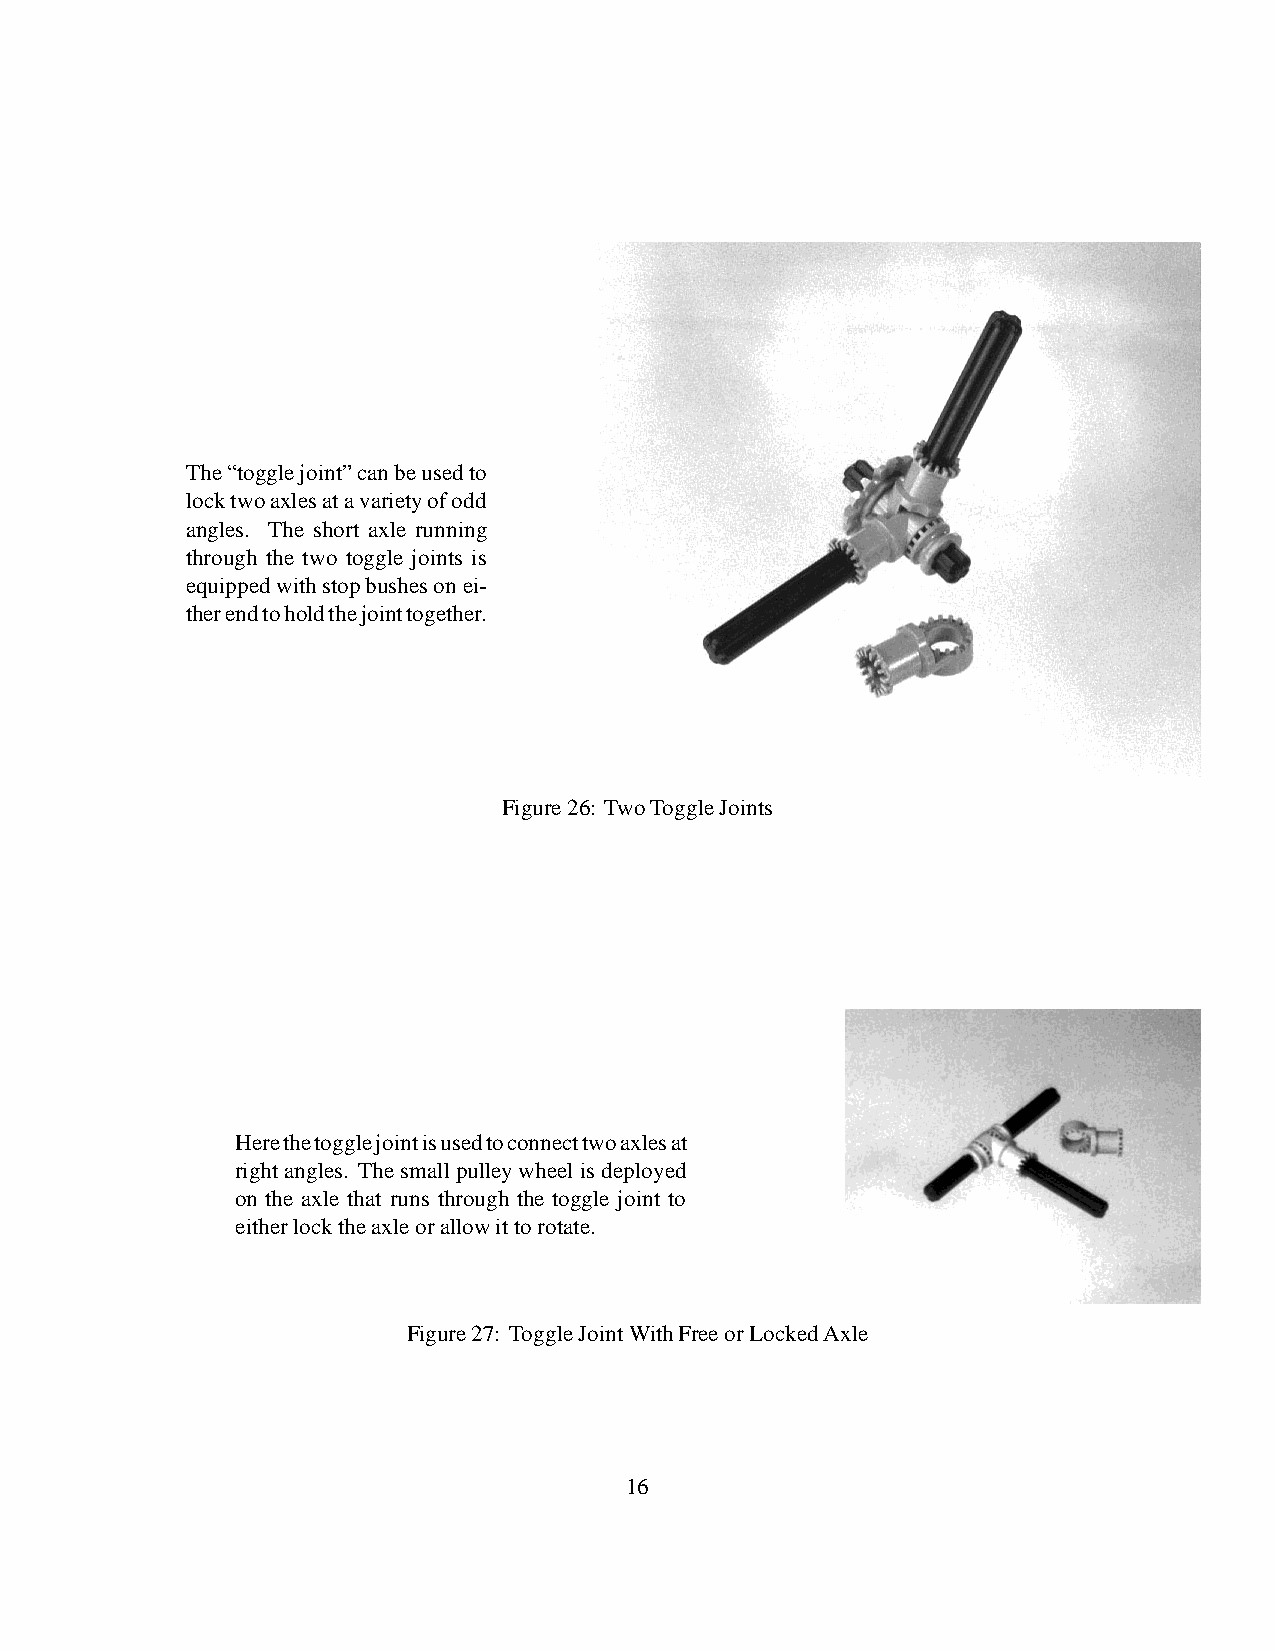
The“togglejoint”canbeusedto
 locktwoaxlesatavarietyofodd
 angles. The short axle running
 through the two toggle joints is
 equippedwithstopbushesonei-
 therendtoholdthejointtogether.
 Figure26: TwoToggleJoints
 Herethetogglejointisusedtoconnecttwoaxlesat
 rightangles. Thesmallpulleywheel isdeployed
 on the axle that runs through the toggle joint to
 eitherlocktheaxleorallowittorotate.
 Figure27: ToggleJointWithFreeorLockedAxle
 16